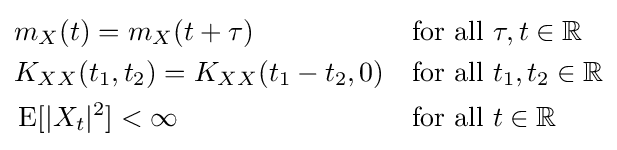
{\begin{aligned}&m_{X}(t)=m_{X}(t+\tau )&&{\text{for all }}\tau ,t\in \mathbb {R} \\&K_{XX}(t_{1},t_{2})=K_{XX}(t_{1}-t_{2},0)&&{\text{for all }}t_{1},t_{2}\in \mathbb {R} \\&\operatorname {E} [|X_{t}|^{2}]<\infty &&{\text{for all }}t\in \mathbb {R} \end{aligned}}